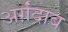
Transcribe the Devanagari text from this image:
अर्ग़ंदाब